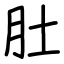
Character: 肚